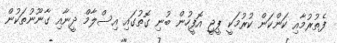
ފެތުރުމާއި ކަންކަން ކުރުމަކީ ޕީޖީ އޮފީހުން ބުނި ގޮތުގައި އިސްލާމް ދީނާއި ގާނޫނުތަކުން